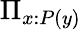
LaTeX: \Pi_{x:P(y)}